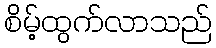
စိမ့်ထွက်လာသည်